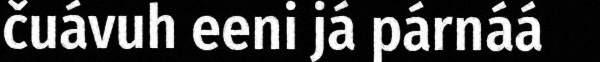
čuávuh eeni já párnáá